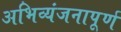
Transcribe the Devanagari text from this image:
अभिव्यंजनापूर्ण